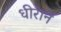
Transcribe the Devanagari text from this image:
धीराने